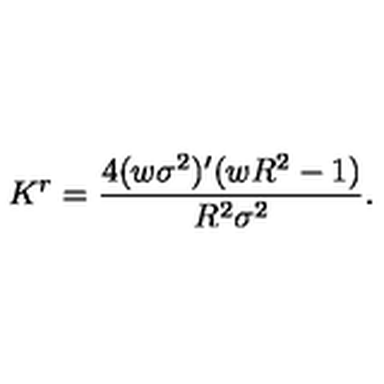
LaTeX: K ^ { r } = \frac { 4 ( w \sigma ^ { 2 } ) ^ { \prime } ( w R ^ { 2 } - 1 ) } { R ^ { 2 } \sigma ^ { 2 } } .